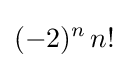
(-2)^{n}\,n!